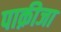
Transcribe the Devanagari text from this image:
पाक़ीजा